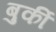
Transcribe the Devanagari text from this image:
बुर्की